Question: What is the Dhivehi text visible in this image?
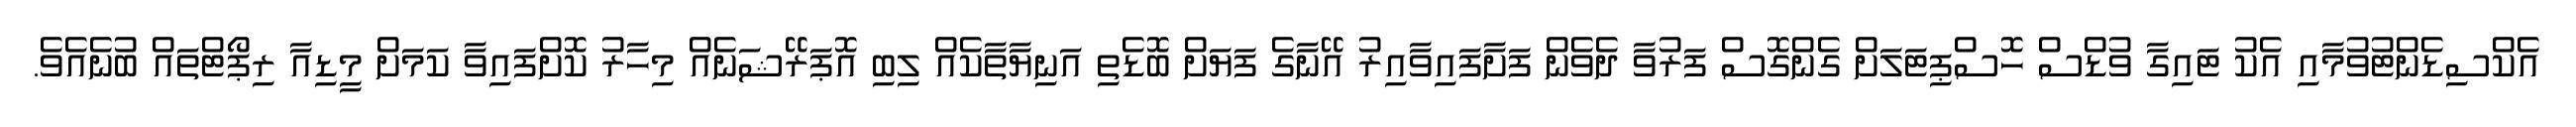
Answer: އެކްސިޑެންޓުވުމާއި އެކު ޓައިގާ ވުޑްސް ހޮސްޕިޓަލަށް ގެންގޮސް ފަރުވާ ދެވެން ފަށާފައިވާއިރު އޭނާގެ ފަޔަށް ބޮޑެތި އަނިޔާތާކެއް ލިބި އޮޕަރޭޝަނެއް މިހާރު ކޮށްފައިވާ ކަމަށް މީޑިއާ ރިޕޯޓްތައް ބުނެއެވެ.